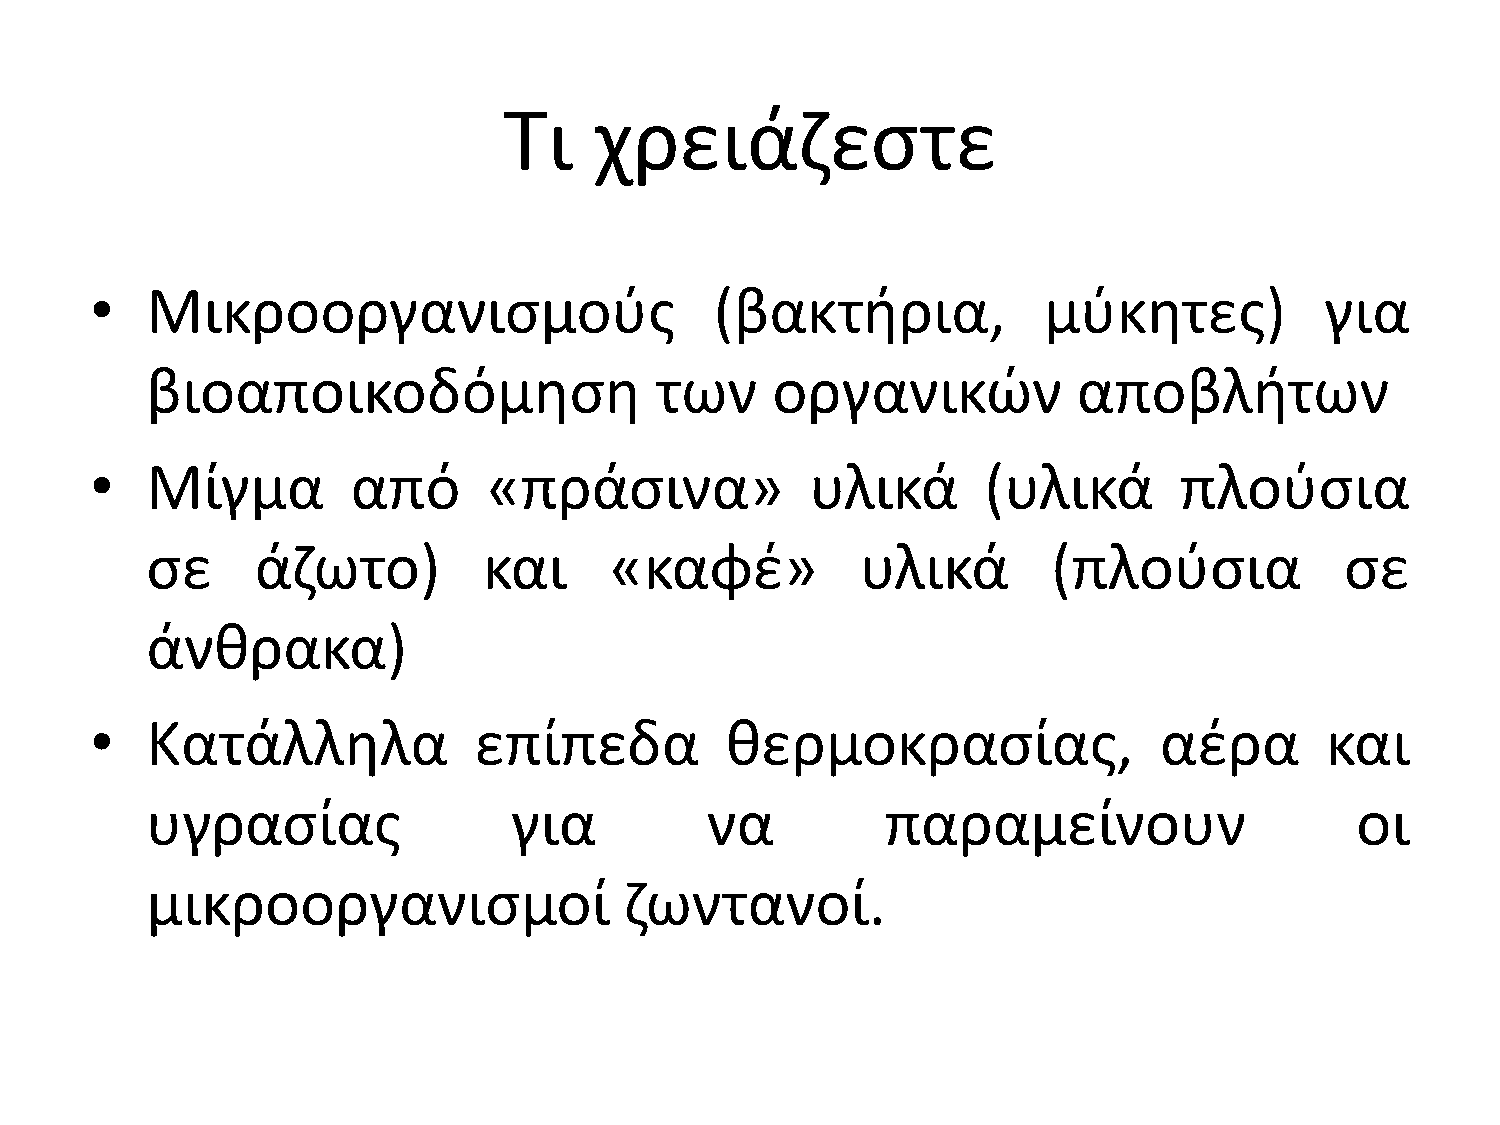
Σι    χρειάηεςτε
 •   Μικροοργανιςμοφσ                     (βακτιρια,            μφκθτεσ)           για
 βιοαποικοδόμθςθ                  των     οργανικϊν           αποβλιτων
 •   Μίγμα        από      «πράςινα»             υλικά      (υλικά       πλοφςια
 ςε     άηωτο)         και     «καφζ»           υλικά        (πλοφςια           ςε
 άνκρακα)
 •   Κατάλλθλα            επίπεδα          κερμοκραςίασ,                αζρα       και
 υγραςίασ                για          να          παραμείνουν                    οι
 μικροοργανιςμοί                ηωντανοί.